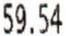
59.54